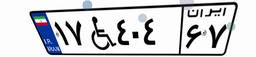
۱۷W۴۰۴۶۷